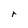
Character: r